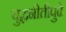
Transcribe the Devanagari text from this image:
युद्धनीतीपुढे